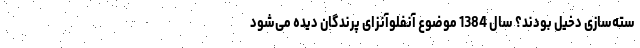
سته‌سازی دخیل بودند؟ سال 1384 موضوع آنفلوآنزای پرندگان دیده می‌شود